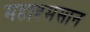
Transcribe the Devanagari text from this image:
महाश्मसान